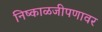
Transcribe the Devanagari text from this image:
निष्काळजीपणावर